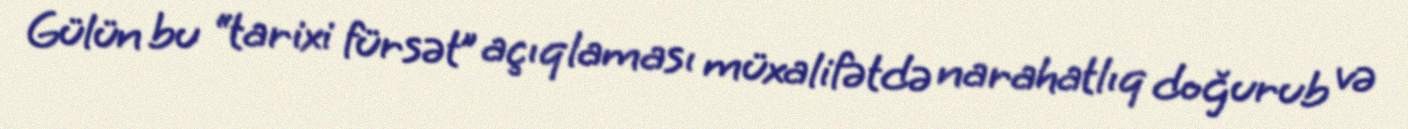
Gülün bu “tarixi fürsət” açıqlaması müxalifətdə narahatlıq doğurub və